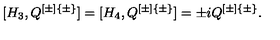
[ H _ { 3 } , Q ^ { [ \pm ] \{ \pm \} } ] = [ H _ { 4 } , Q ^ { [ \pm ] \{ \pm \} } ] = \pm i Q ^ { [ \pm ] \{ \pm \} } .